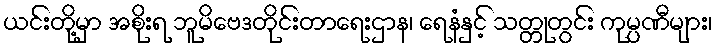
ယင်းတို့မှာ အစိုးရ ဘူမိဗေဒတိုင်းတာရေးဌာန၊ ရေနံနှင့် သတ္တုတွင်း ကုမ္ပဏီများ၊